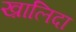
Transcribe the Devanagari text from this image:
ख़ालिदा